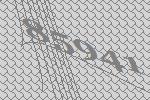
85941